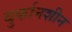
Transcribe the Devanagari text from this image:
बुर्कानशीन